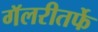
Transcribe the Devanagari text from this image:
गॅलरीतर्फे